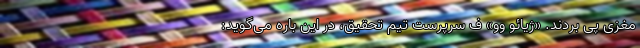
مغزی پی بردند. «ژیائو وو» ف سرپرست تیم تحقیق، در این باره می‌گوید: